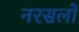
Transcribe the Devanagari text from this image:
नरसलों